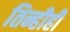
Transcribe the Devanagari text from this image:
तिन्हीही